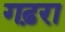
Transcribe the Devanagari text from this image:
गढ़रा